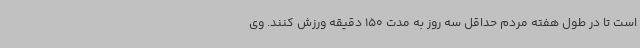
است تا در طول هفته مردم حداقل سه روز به مدت 150 دقیقه ورزش کنند. وی